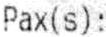
PAX(S):